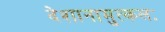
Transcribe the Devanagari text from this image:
देशानामुत्कलः